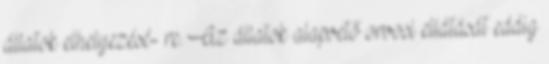
állatok elhelyezésé- re. Az állatok alapvető orvosi ellátását eddig